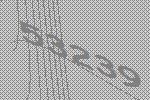
53239